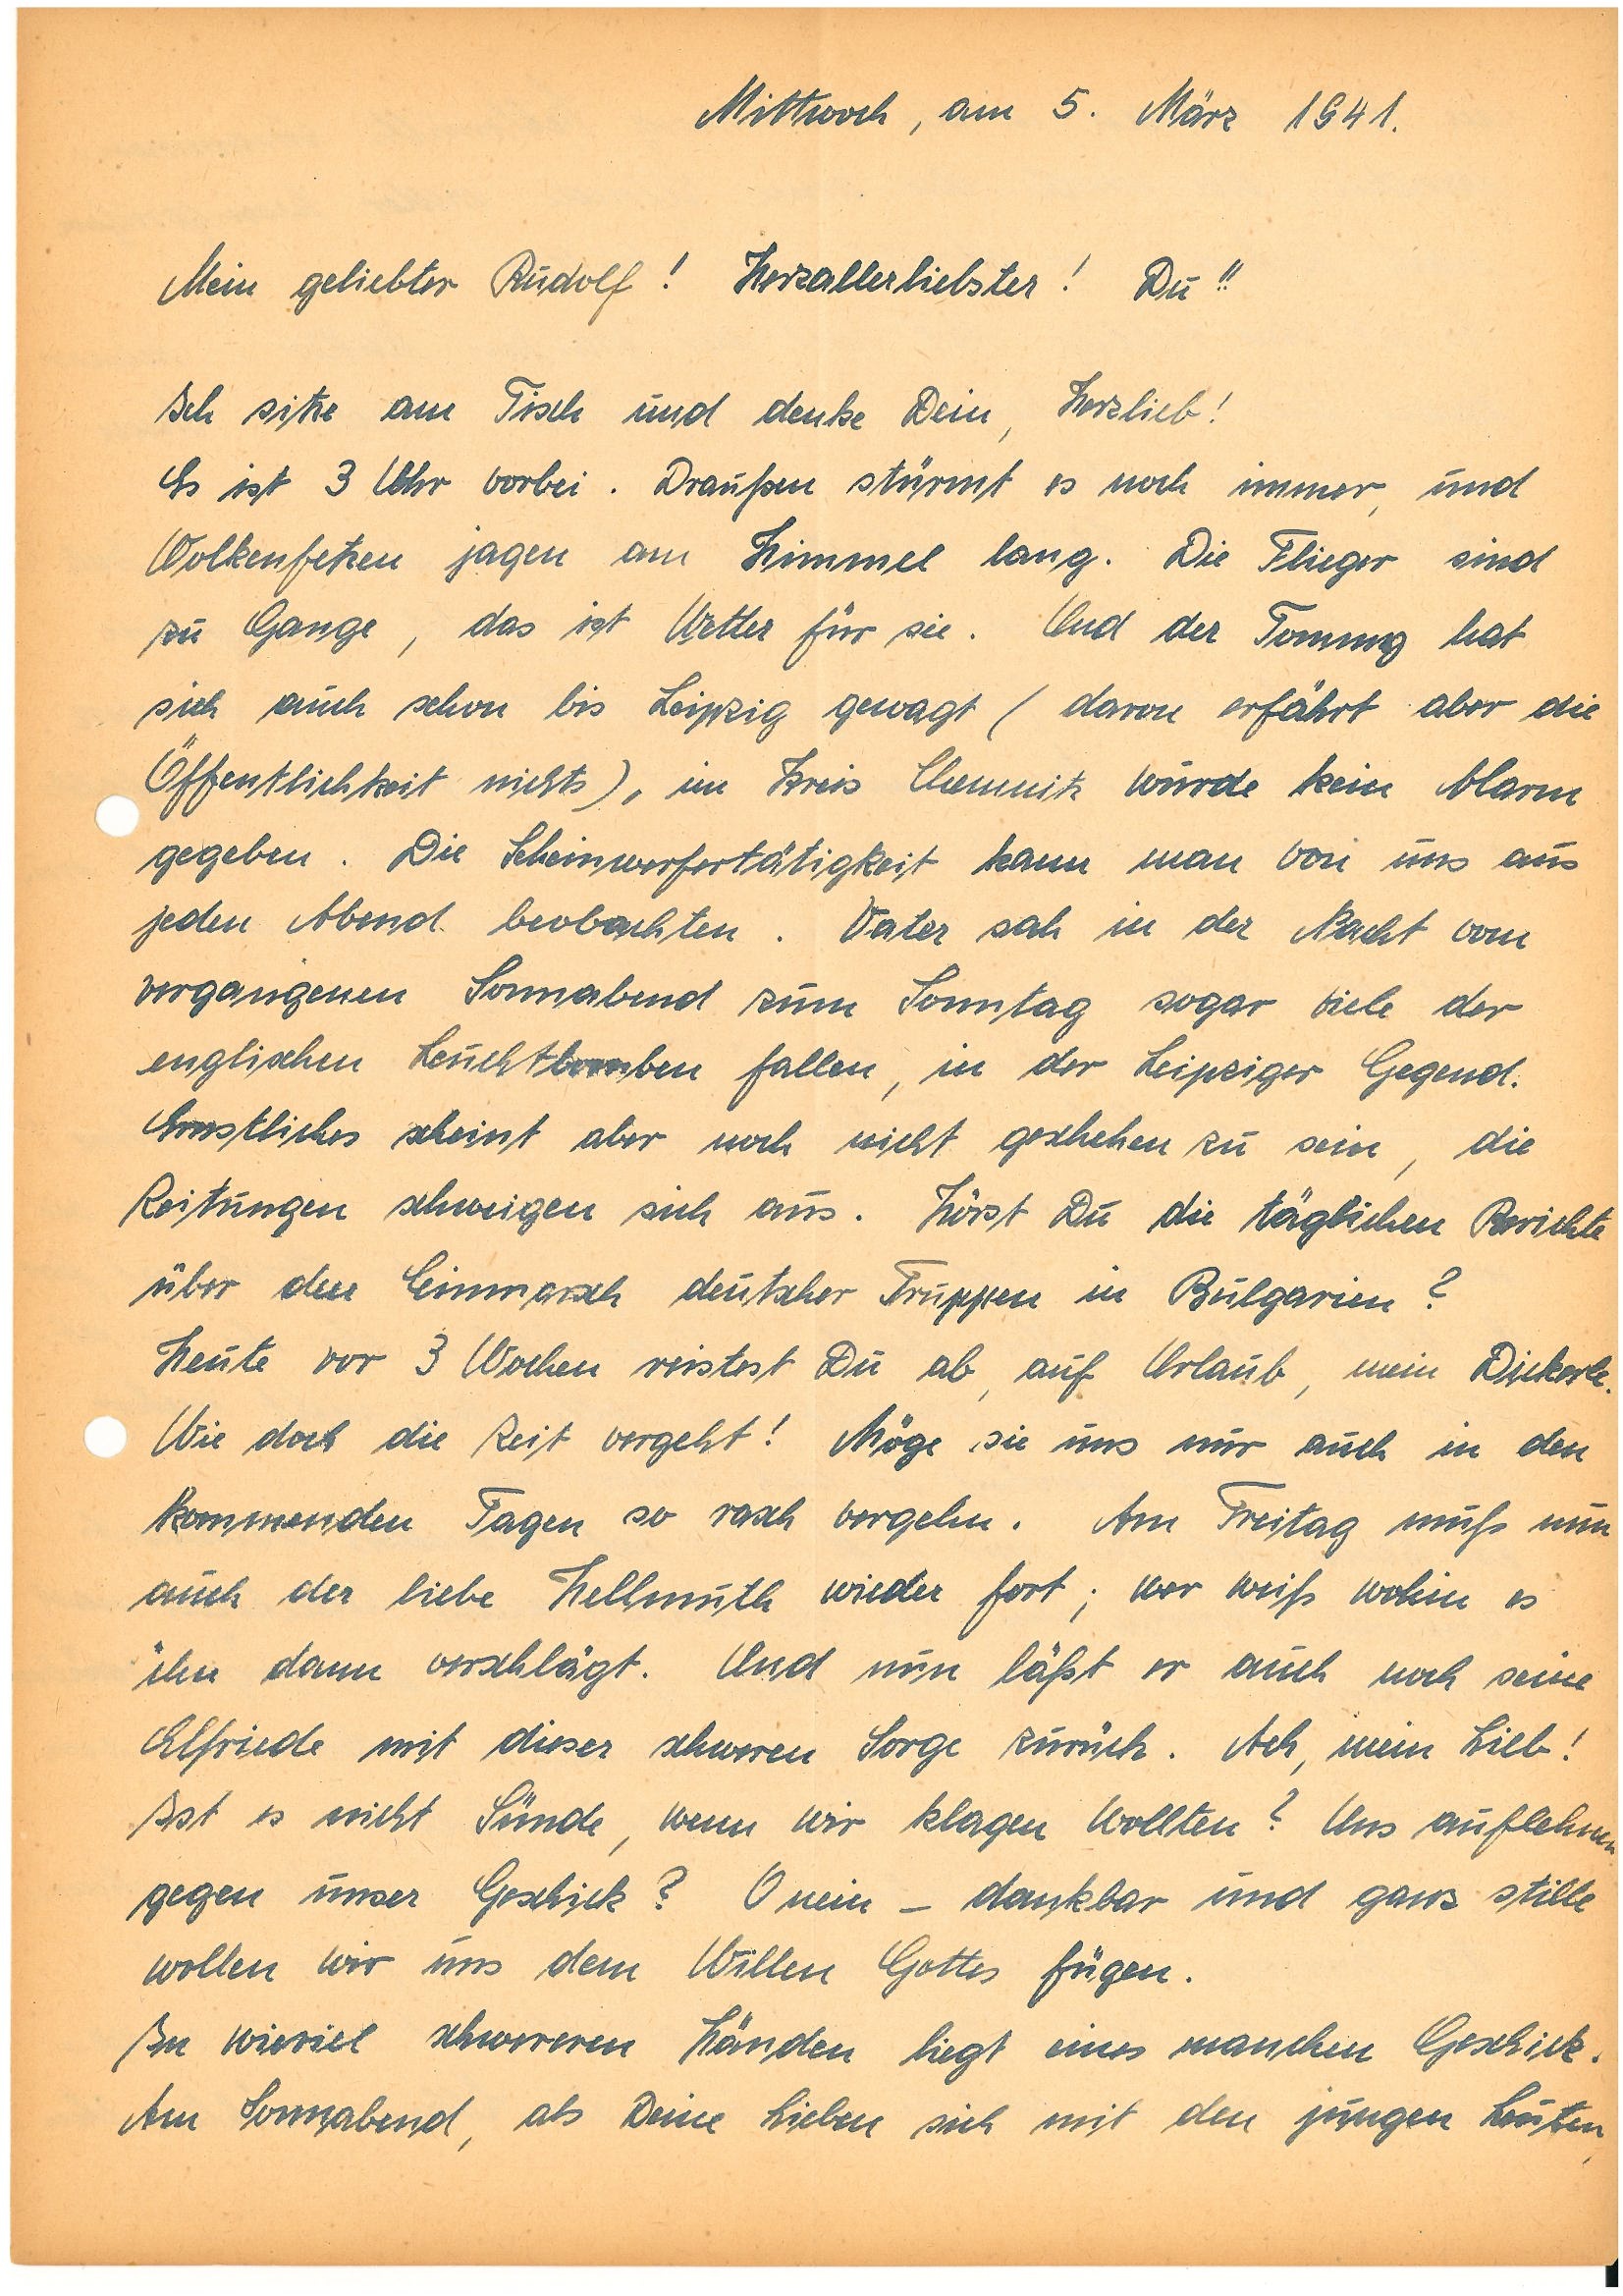
Mittwoch, am 5. März 1941.
Mein geliebter ! Herzallerliebster! Du!!
Ich sitze am Tisch und denke Dein, Herzlieb!
Es ist 3 Uhr vorbei. Draußen stürmt es noch immer, und
Wolkenfetzen jagen am Himmel lang. Die Flieger, sind
zu Gange, das ist Wetter für sie. Und der Tomung hat
sich auch schon bis Leipzig gewagt (davon erfährt aber die
Offentlichkeit nichts), im Kreis Chemnitz würde kein Alarm
gegeben. Die Scheinwerfertätigkeit kann man von uns aus
jeden Abend beobachten. Vater sah in der Nacht vom
vergangenen Sonnabend zum Sonntag sogar viele der
englischen Leuchtberaben fallen, in der Leipziger Gegend.
Errstliches scheint aber noch nicht geschehen zu sein, die
Zeitungen schweigen sich aus. Hörst Du die täglichen Berichte
über den Einmarsch deutscher Truppen in Bulgarien?
Heute vor 3 Wochen reistest Du ab auf Urlaub, mein Dickerle.
Wie doch die Zeit vergeht! Möge sie uns nur auch in den
kommenden Tagen so rasch vergehen. Am Freitag muß nun
auch der liebe H wieder fort; wer weiß wohin es
ihn dann verschlägt. Und nun läßt er auch noch seine
Ebfree mit dieser schweren Sorge zurück. Ach, mein Lieb!
Ist es nicht Sümde, wenn wir klagen wollten? Uns auflehnen
gegen unser Geschick? Onein – dankbar und ganz stille
wollen wir uns dem Willen Gottes fügen.
In wieviel schwereren Händen liegt eines manchen Geschick.
Am Sonnabend, als Deine Lieben sich mit den jungen Leuten